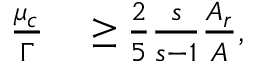
\begin{array} { r l } { \frac { \mu _ { c } } { \Gamma } } & { { } \geq \frac { 2 } { 5 } \frac { s } { s - 1 } \frac { A _ { r } } { A } , } \end{array}